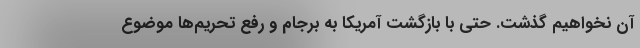
آن نخواهیم گذشت. حتی با بازگشت آمریکا به برجام و رفع تحریم‌ها موضوع